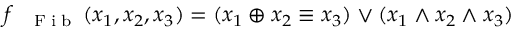
\begin{array} { r } { f _ { \mathrm { ~ \tiny ~ \textnormal ~ { ~ F ~ i ~ b ~ } ~ } } ( x _ { 1 } , x _ { 2 } , x _ { 3 } ) = ( x _ { 1 } \oplus x _ { 2 } \equiv x _ { 3 } ) \vee ( x _ { 1 } \wedge x _ { 2 } \wedge x _ { 3 } ) } \end{array}